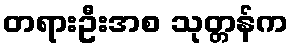
တရားဦးအစ သုတ္တန်က